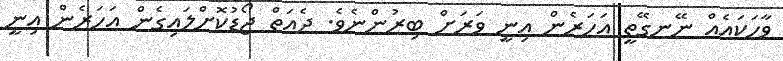
ވާހަކައެއް ނޭނގޭތީ އަހަރެން އިނީ ވަރަށް ބިރުންނެވެ. ދެއަތް ޖޯޑުކޮށްލައިގެން އަހަރެން އިނީ